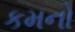
કમનો